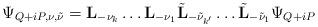
LaTeX: \begin{align*}\Psi_{Q+iP,\nu,\tilde{\nu}} = {\bf L}_{-\nu_k}\dots {\bf L}_{-\nu_1}\tilde{\bf L}_{-\tilde{\nu}_{k'}}\dots\tilde{\bf L}_{-\tilde{\nu}_1}\Psi_{Q+iP}\end{align*}